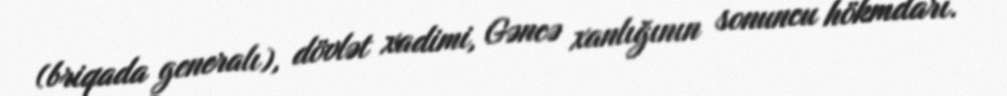
(briqada generalı), dövlət xadimi, Gəncə xanlığının sonuncu hökmdarı.